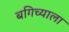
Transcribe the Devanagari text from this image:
बगिच्याला